Elephants and their diseases
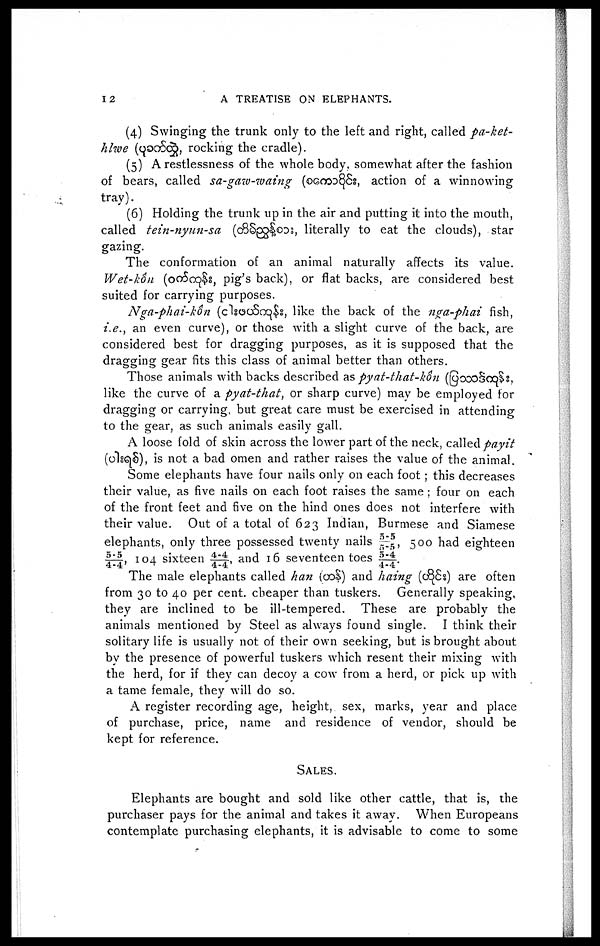
12
A TREATISE ON ELEPHANTS.
(4) Swinging the trunk only to the left and right, called pa-ket-
hlwe (
, rocking the cradle).
(5) A restlessness of the whole body, somewhat after the fashion
of bears, called sa-gaw-waing (
, action of a winnowing
tray).
(6) Holding the trunk up in the air and putting it into the mouth,
called tein-nyun-sa
(
, literally to eat the clouds), star
gazing.
The conformation of an animal naturally affects its value.
Wet-kôu (
, pig's back), or flat backs, are considered best
suited for carrying purposes.
Nga-phai-kôn (
, like the back of the nga-phai fish,
i.e., an even curve), or those with a slight curve of the back, are
considered best for dragging purposes, as it is supposed that the
dragging gear fits this class of animal better than others.
Those animals with backs described as pyat-that-kôn (
,
like the curve of a pyat-that, or sharp curve) may be employed for
dragging or carrying, but great care must be exercised in attending
to the gear, as such animals easily gall.
A loose fold of skin across the lower part of the neck, called payit
(
), is not a bad omen and rather raises the value of the animal.
Some elephants have four nails only on each foot; this decreases
their value, as five nails on each foot raises the same ; four on each
of the front feet and five on the hind ones does not interfere with
their value. Out of a total of 623 Indian, Burmese and Siamese
elephants, only three possessed twenty nails 5-5/5-5, 500 had eighteen
5-5/4-4, 104 sixteen 4-4/4-4, and 16 seventeen toes 5-4/4-4.
The male elephants called han ( ) and haing (
) are often
from 30 to 40 per cent. cheaper than tuskers. Generally speaking,
they are inclined to be ill-tempered. These are probably the
animals mentioned by Steel as always found single. I think their
solitary life is usually not of their own seeking, but is brought about
by the presence of powerful tuskers which resent their mixing with
the herd, for if they can decoy a cow from a herd, or pick up with
a tame female, they will do so.
A register recording age, height, sex, marks, year and place
of purchase, price, name and residence of vendor, should be
kept for reference.
SALES.
Elephants are bought and sold like other cattle, that is, the
purchaser pays for the animal and takes it away. When Europeans
contemplate purchasing elephants, it is advisable to come to some